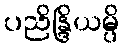
ပညိန္ဒြိယမ္ပိ